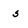
Character: 5